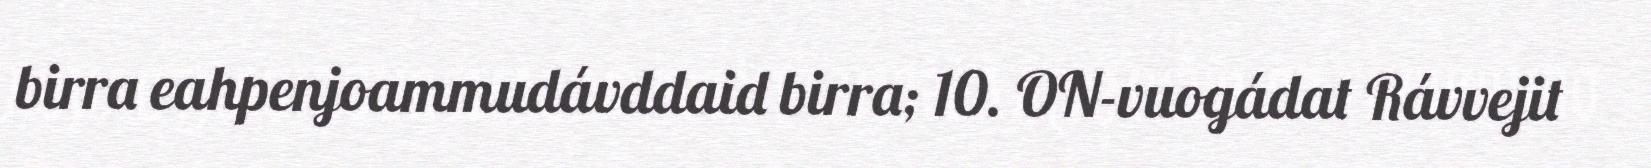
birra eahpenjoammudávddaid birra; 10. ON-vuogádat Rávvejit